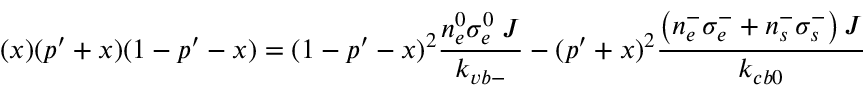
( x ) ( p ^ { \prime } + x ) ( 1 - p ^ { \prime } - x ) = ( 1 - p ^ { \prime } - x ) ^ { 2 } \frac { n _ { e } ^ { 0 } \sigma _ { e } ^ { 0 } \; J } { k _ { v b - } } - ( p ^ { \prime } + x ) ^ { 2 } \frac { \left( n _ { e } ^ { - } \sigma _ { e } ^ { - } + n _ { s } ^ { - } \sigma _ { s } ^ { - } \right) J } { k _ { c b 0 } }